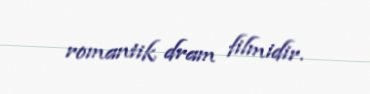
romantik dram filmidir.